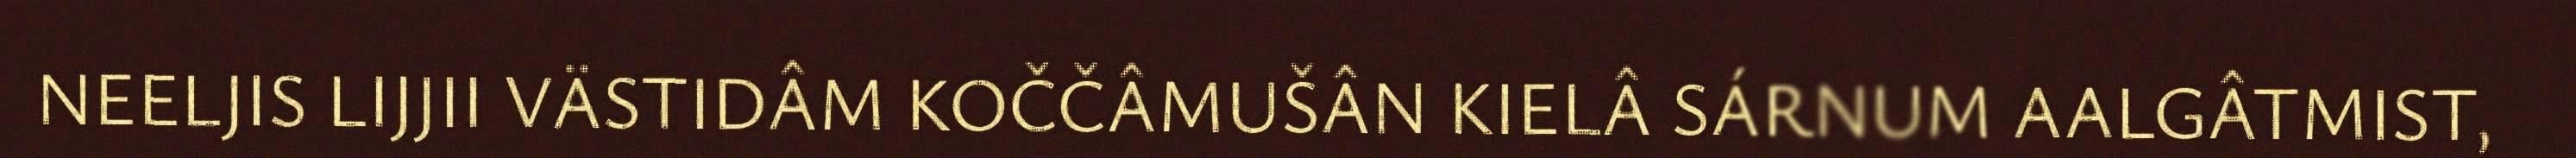
NEELJIS LIJJII VÄSTIDÂM KOČČÂMUŠÂN KIELÂ SÁRNUM AALGÂTMIST,